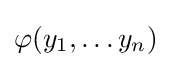
\varphi (y_{1},\dots y_{n})